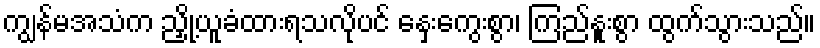
ကျွန်မအသံက ညှို့ယူခံထားရသလိုပင် နှေးကွေးစွာ၊ ကြည်နူးစွာ ထွက်သွားသည်။